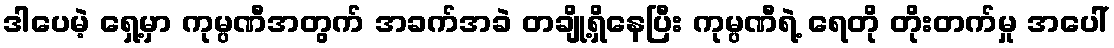
ဒါပေမဲ့ ရှေ့မှာ ကုမ္ပဏီအတွက် အခက်အခဲ တချို့ရှိနေပြီး ကုမ္ပဏီရဲ့ ရေတို တိုးတက်မှု အပေါ်